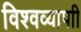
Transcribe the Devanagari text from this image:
विश्वव्यापाी